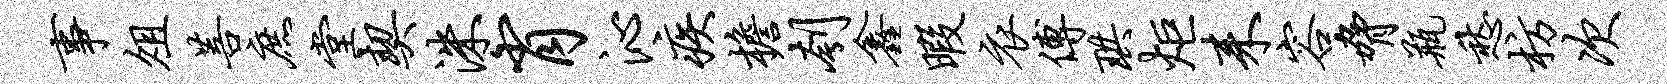
事俎菩庶堂契洙肖沁疾檐刳鑫暇衣傅珙炬耒容胁瓶愁枋次